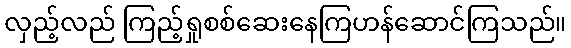
လှည့်လည် ကြည့်ရှုစစ်ဆေးနေကြဟန်ဆောင်ကြသည်။